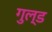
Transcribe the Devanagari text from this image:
गुल्ड